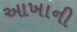
આખાની